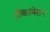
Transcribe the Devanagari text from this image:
डीकामेरान